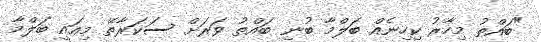
"ބައްތު މިހާރު ކިހިނެއް ބަލްމާ ބުނި ބައްތު ވަރަށް ސަކަރާތޭ މިއައީ ބަލްމާ